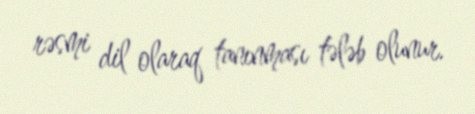
rəsmi dil olaraq tanınması tələb olunur.